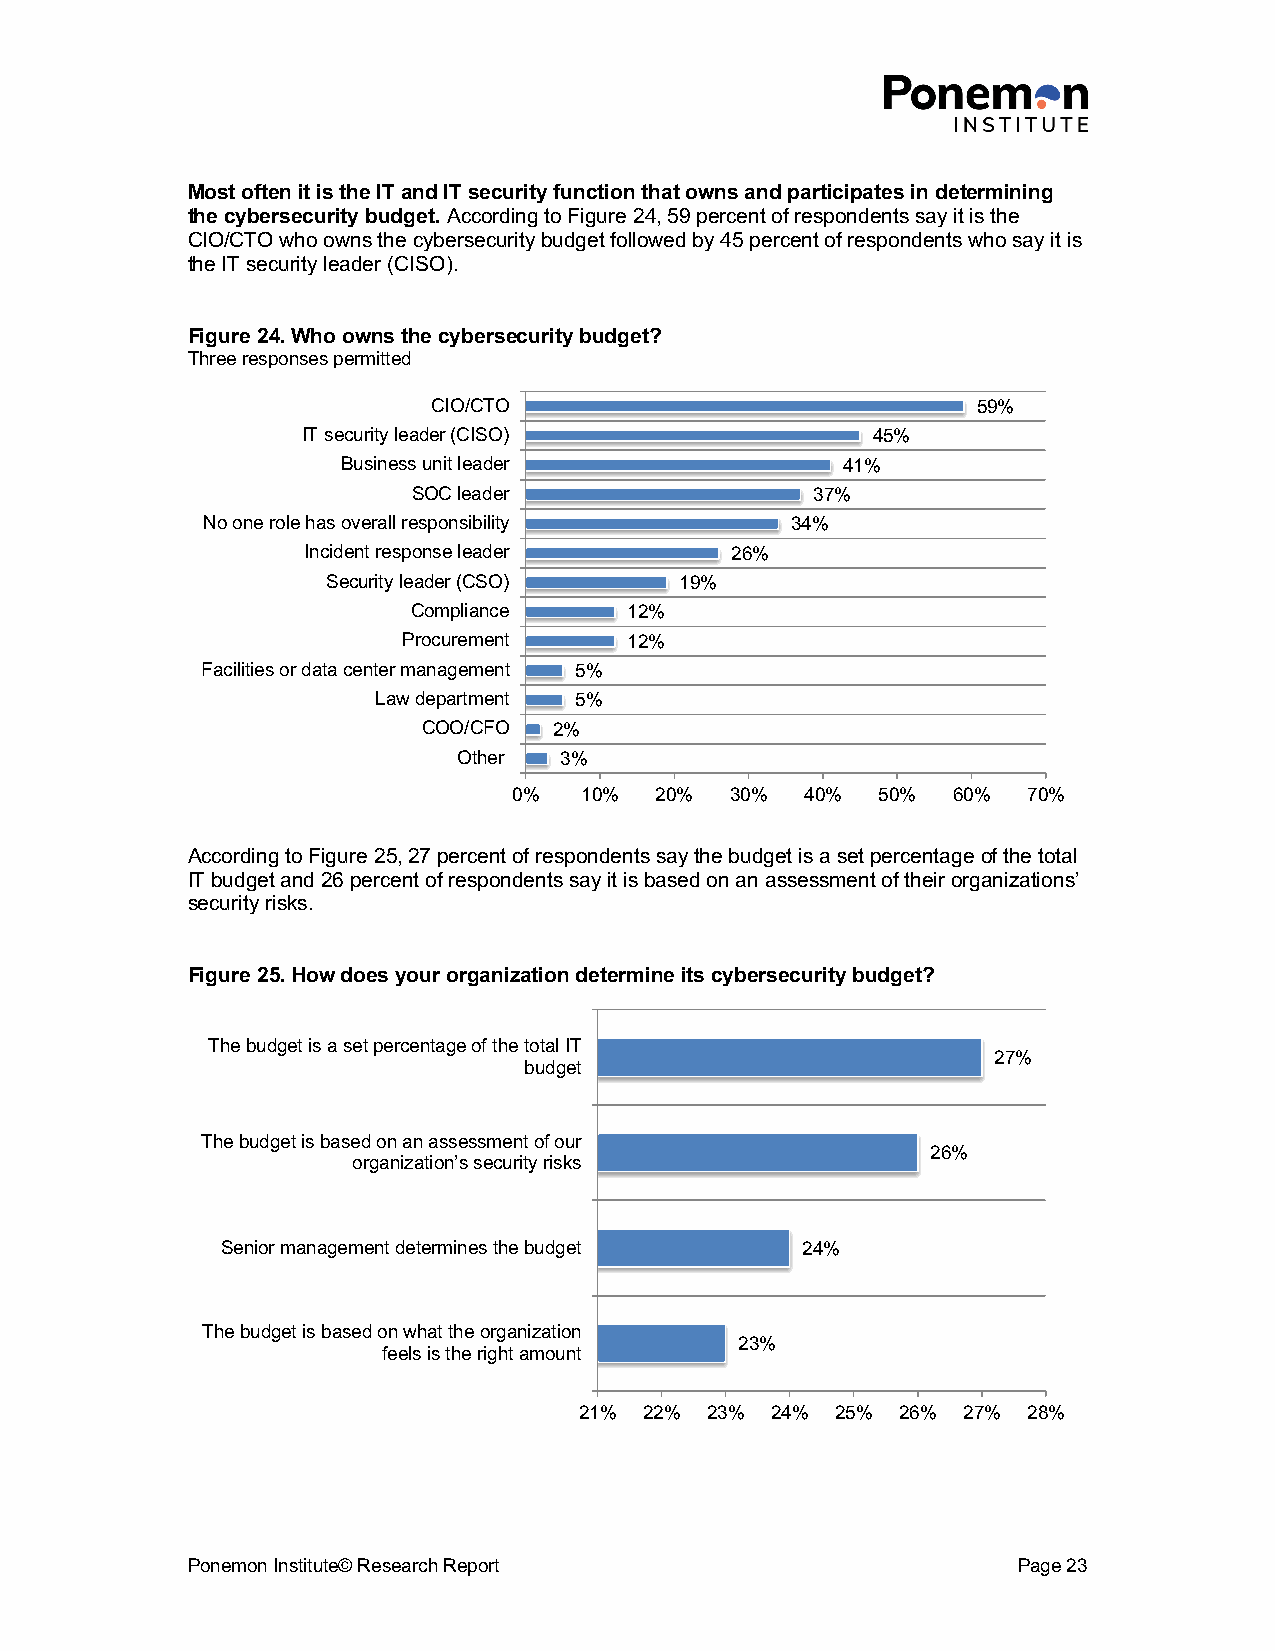
Most often it is the IT and IT security function that owns and participates in determining
 the cybersecurity budget. According to Figure 24, 59 percent of respondents say it is the
 CIO/CTO who owns the cybersecurity budget followed by 45 percent of respondents who say it is
 the IT security leader (CISO).
 Figure 24. Who owns the cybersecurity budget?
 Three responses permitted
 CIO/CTO                             59%
 IT security leader (CISO)             45%
 Business unit leader             41%
 SOC leader                 37%
 No one role has overall responsibility 34%
 Incident response leader    26%
 Security leader (CSO)  19%
 Compliance     12%
 Procurement    12%
 Facilities or data center management 5%
 Law department 5%
 COO/CFO  2%
 Other  3%
 0%  10%  20%  30%  40%  50%  60%  70%
 According to Figure 25, 27 percent of respondents say the budget is a set percentage of the total
 IT budget and 26 percent of respondents say it is based on an assessment of their organizations’
 security risks.
 Figure 25. How does your organization determine its cybersecurity budget?
 The budget is a set percentage of the total IT
 27%
 budget
 The budget is based on an assessment of our
 26%
 organization’s security risks
 Senior management determines the budget 24%
 The budget is based on what the organization
 23%
 feels is the right amount
 21%  22% 23% 24% 25%  26% 27% 28%
 Ponemon Institute© Research Report                     Page 23